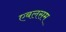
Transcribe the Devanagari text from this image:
एबलसम